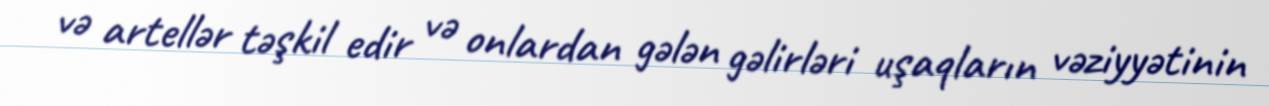
və artellər təşkil edir və onlardan gələn gəlirləri uşaqların vəziyyətinin